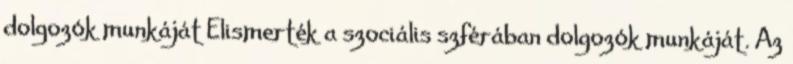
dolgozók munkáját Elismerték a szociális szférában dolgozók munkáját. Az